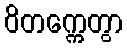
ဝိတက္ကေတွာ